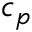
c _ { p }